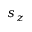
s _ { z }